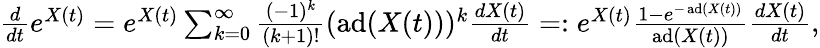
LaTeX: \begin{array}{r}{\frac{d}{dt}e^{X(t)}=e^{X(t)}\sum_{k=0}^{\infty}\frac{(-1)^{k}}{(k+1)!}(\operatorname{ad}(X(t)))^{k}\frac{dX(t)}{dt}=:e^{X(t)}\frac{1-e^{-\operatorname{ad}(X(t))}}{\operatorname{ad}(X(t))}\frac{dX(t)}{dt},}\end{array}